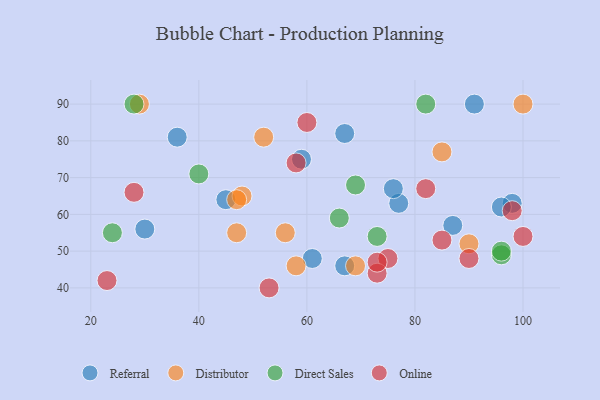
{"axis": {"x": "GDP", "y": "Life Expectancy"}, "legend": ["Direct Sales", "Distributor", "Online", "Referral"], "data": [{"x": "98", "y": 63, "type": "Referral"}, {"x": "77", "y": 63, "type": "Referral"}, {"x": "59", "y": 75, "type": "Referral"}, {"x": "67", "y": 46, "type": "Referral"}, {"x": "96", "y": 62, "type": "Referral"}, {"x": "67", "y": 82, "type": "Referral"}, {"x": "36", "y": 81, "type": "Referral"}, {"x": "45", "y": 64, "type": "Referral"}, {"x": "30", "y": 56, "type": "Referral"}, {"x": "91", "y": 90, "type": "Referral"}, {"x": "76", "y": 67, "type": "Referral"}, {"x": "87", "y": 57, "type": "Referral"}, {"x": "61", "y": 48, "type": "Referral"}, {"x": "48", "y": 65, "type": "Distributor"}, {"x": "29", "y": 90, "type": "Distributor"}, {"x": "52", "y": 81, "type": "Distributor"}, {"x": "47", "y": 55, "type": "Distributor"}, {"x": "56", "y": 55, "type": "Distributor"}, {"x": "69", "y": 46, "type": "Distributor"}, {"x": "58", "y": 46, "type": "Distributor"}, {"x": "47", "y": 64, "type": "Distributor"}, {"x": "100", "y": 90, "type": "Distributor"}, {"x": "85", "y": 77, "type": "Distributor"}, {"x": "90", "y": 52, "type": "Distributor"}, {"x": "24", "y": 55, "type": "Direct Sales"}, {"x": "28", "y": 90, "type": "Direct Sales"}, {"x": "73", "y": 54, "type": "Direct Sales"}, {"x": "82", "y": 90, "type": "Direct Sales"}, {"x": "96", "y": 49, "type": "Direct Sales"}, {"x": "40", "y": 71, "type": "Direct Sales"}, {"x": "66", "y": 59, "type": "Direct Sales"}, {"x": "96", "y": 50, "type": "Direct Sales"}, {"x": "69", "y": 68, "type": "Direct Sales"}, {"x": "60", "y": 85, "type": "Online"}, {"x": "90", "y": 48, "type": "Online"}, {"x": "75", "y": 48, "type": "Online"}, {"x": "73", "y": 44, "type": "Online"}, {"x": "98", "y": 61, "type": "Online"}, {"x": "23", "y": 42, "type": "Online"}, {"x": "28", "y": 66, "type": "Online"}, {"x": "82", "y": 67, "type": "Online"}, {"x": "58", "y": 74, "type": "Online"}, {"x": "73", "y": 47, "type": "Online"}, {"x": "53", "y": 40, "type": "Online"}, {"x": "85", "y": 53, "type": "Online"}, {"x": "100", "y": 54, "type": "Online"}]}